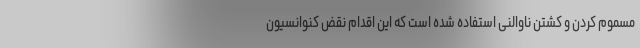
مسموم کردن و کشتن ناوالنی استفاده شده است که این اقدام نقض کنوانسیون